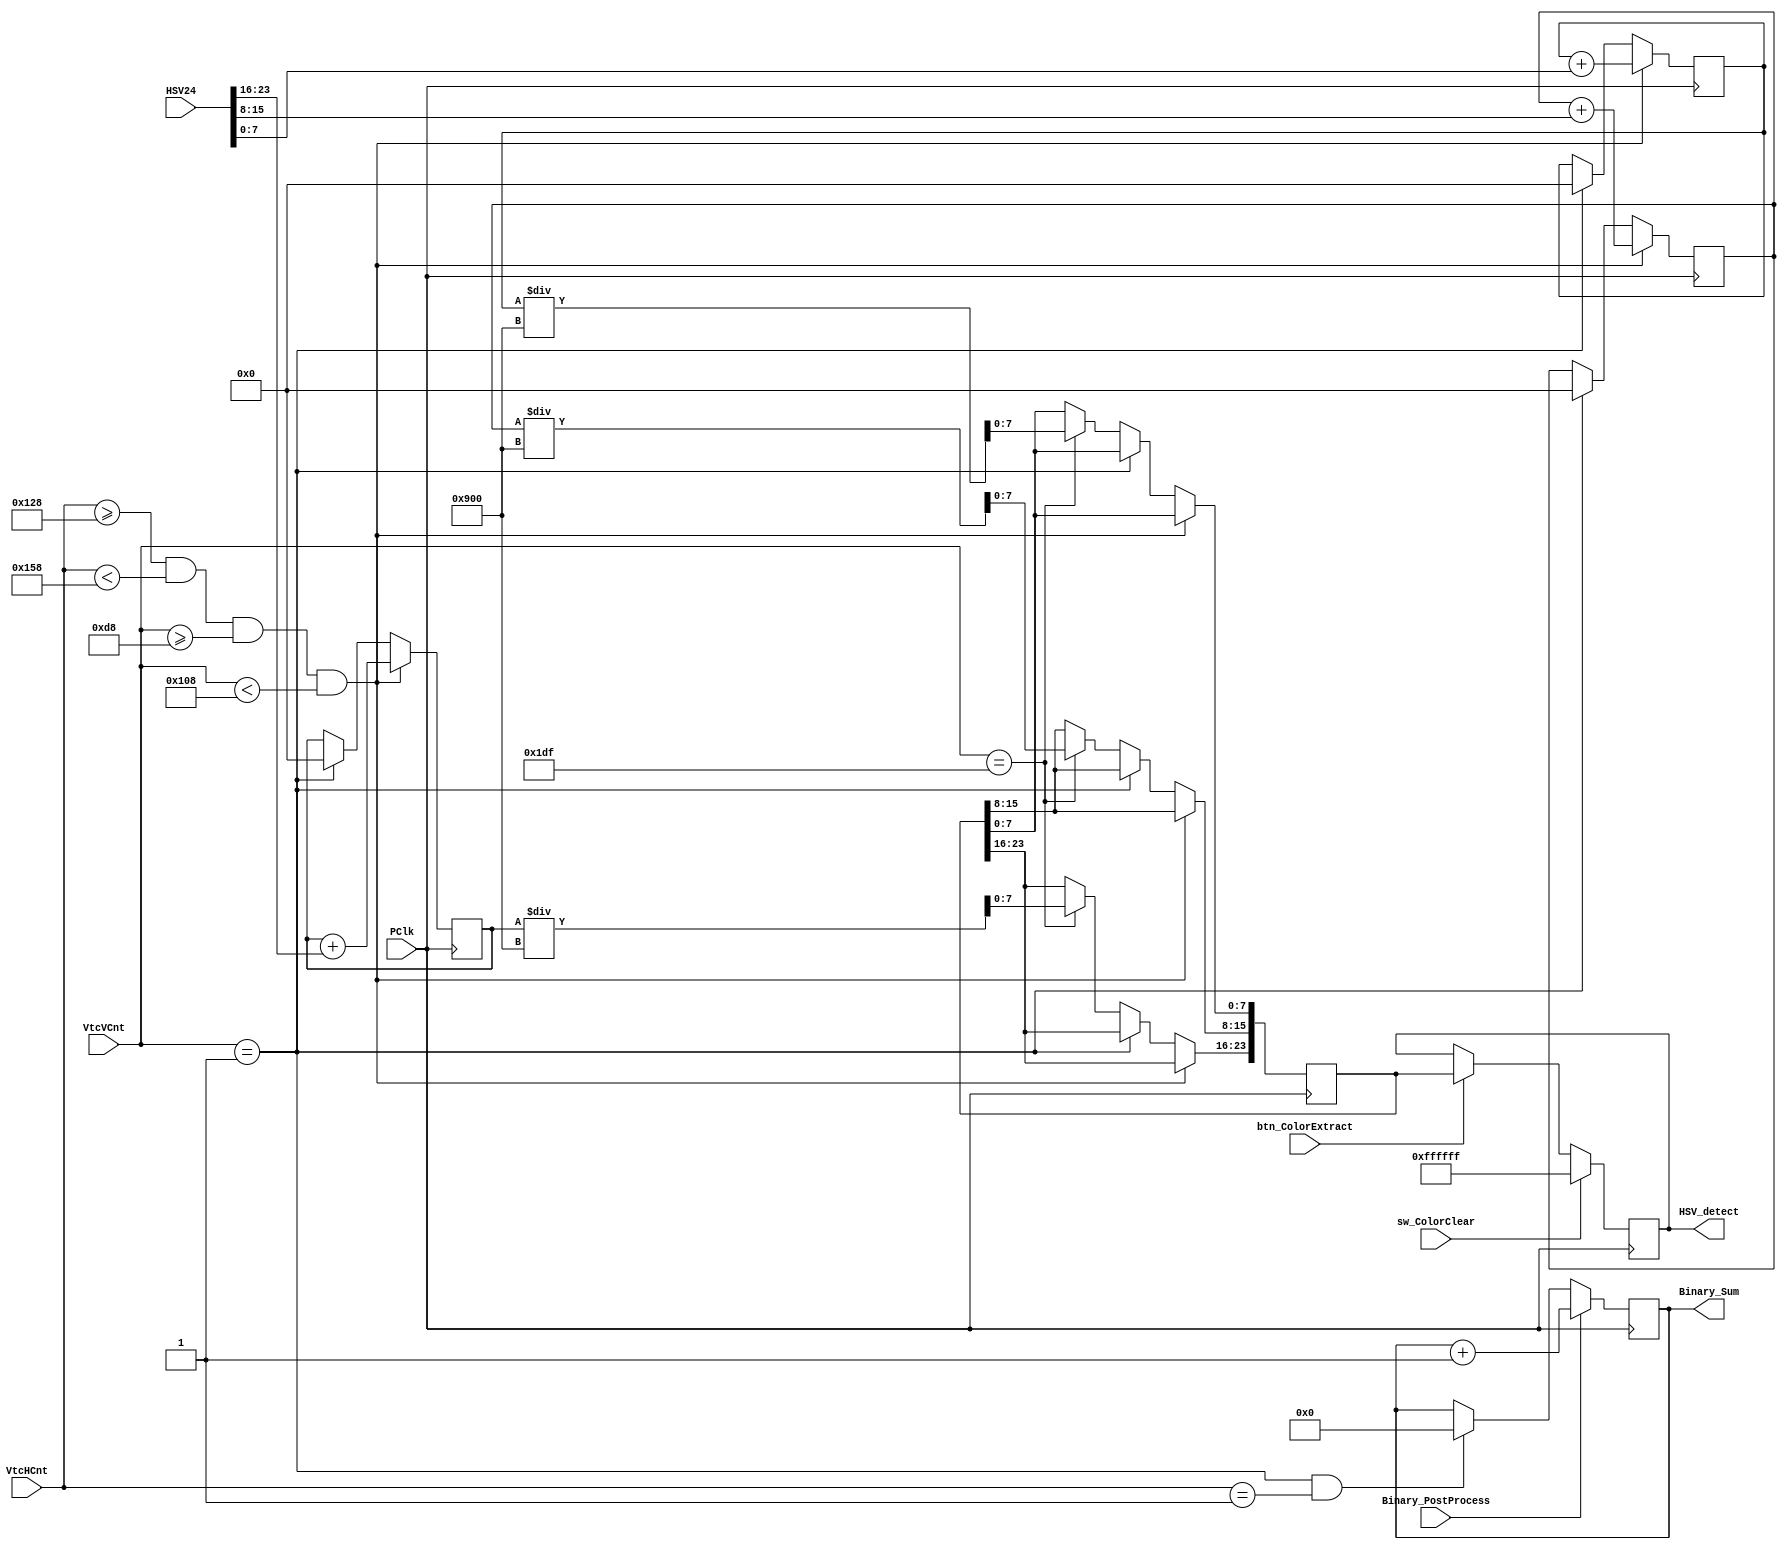
module colorDetect(
input PClk,
input btn_ColorExtract,
input sw_ColorClear,
input [11:0] VtcHCnt,
input [11:0] VtcVCnt,
input [23:0] HSV24,
input Binary_PostProcess,
	 
output reg [20:0] Binary_Sum,
output reg [23:0] HSV_detect
);
wire [7:0] HUE;
wire [7:0] SATURATION;
wire [7:0] VALUE;

reg [23:0] HSV_out_temp;
assign HUE = HSV24[23:16];
assign SATURATION = HSV24[15:8];
assign VALUE = HSV24[7:0];

reg [31:0] H_Sum;
reg [31:0] S_Sum;
reg [31:0] V_Sum;

reg [20:0] Binary_Sum;
always@(posedge PClk) begin
if( VtcVCnt == 1 && VtcHCnt==1) begin 
Binary_Sum<=0;
end
        if(Binary_PostProcess==1)begin
        Binary_Sum<=Binary_Sum+1;
        end
end
always@(posedge PClk) begin	
	// signal output
	if(btn_ColorExtract==1) begin
		HSV_detect <= HSV_out_temp;
		end
	if(sw_ColorClear == 1)begin
	   HSV_detect <= 24'b11111111_11111111_11111111;
		end
	
	if( VtcHCnt >=296 && VtcHCnt <344 && VtcVCnt >=216 && VtcVCnt <264 ) begin  // acumulate
		H_Sum <= H_Sum + HUE;
		S_Sum <= S_Sum + SATURATION;
		V_Sum <= V_Sum + VALUE;
		end
	else if( VtcVCnt == 1 ) begin // initial
		H_Sum <= 0;
		S_Sum <= 0;
		V_Sum <= 0;
		end
	else if( VtcVCnt == 479 ) begin // result
			HSV_out_temp[23:16] 	<= H_Sum / 2304;
			HSV_out_temp[15:8] 	<= S_Sum / 2304;
			HSV_out_temp[7:0] 	<= V_Sum / 2304;
		end
end

endmodule